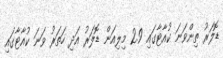
ޑޮލަރު ތިންވަނަ ކުއާޓާގައި 2.9 މިލިއަން ޑޮލަރު އަދި ހަތަރު ވަނަ ކުއާޓާގައި